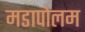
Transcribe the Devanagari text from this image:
मडापोलम